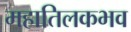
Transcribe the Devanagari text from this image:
महातिलकभव